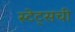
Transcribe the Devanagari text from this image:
स्टेट्‌सची